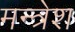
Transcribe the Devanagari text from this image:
मन्त्रेश